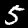
Label: 5